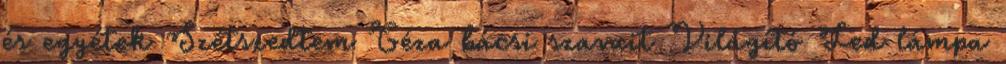
és egyétek Szétszedtem Géza bácsi szavait Világító Led lámpa